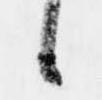
候